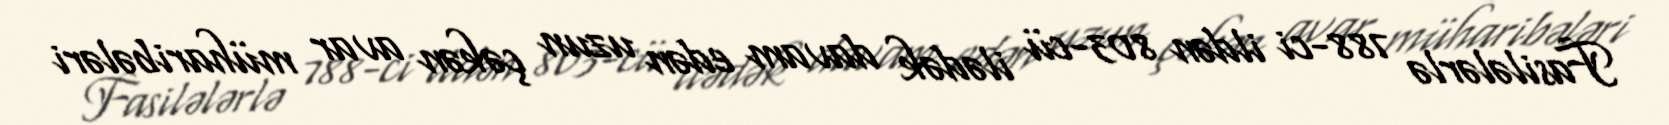
Fasilələrlə 788-ci ildən 803-cü ilədək davam edən uzun çəkən avar müharibələri